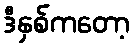
ဒီနှစ်ကတော့